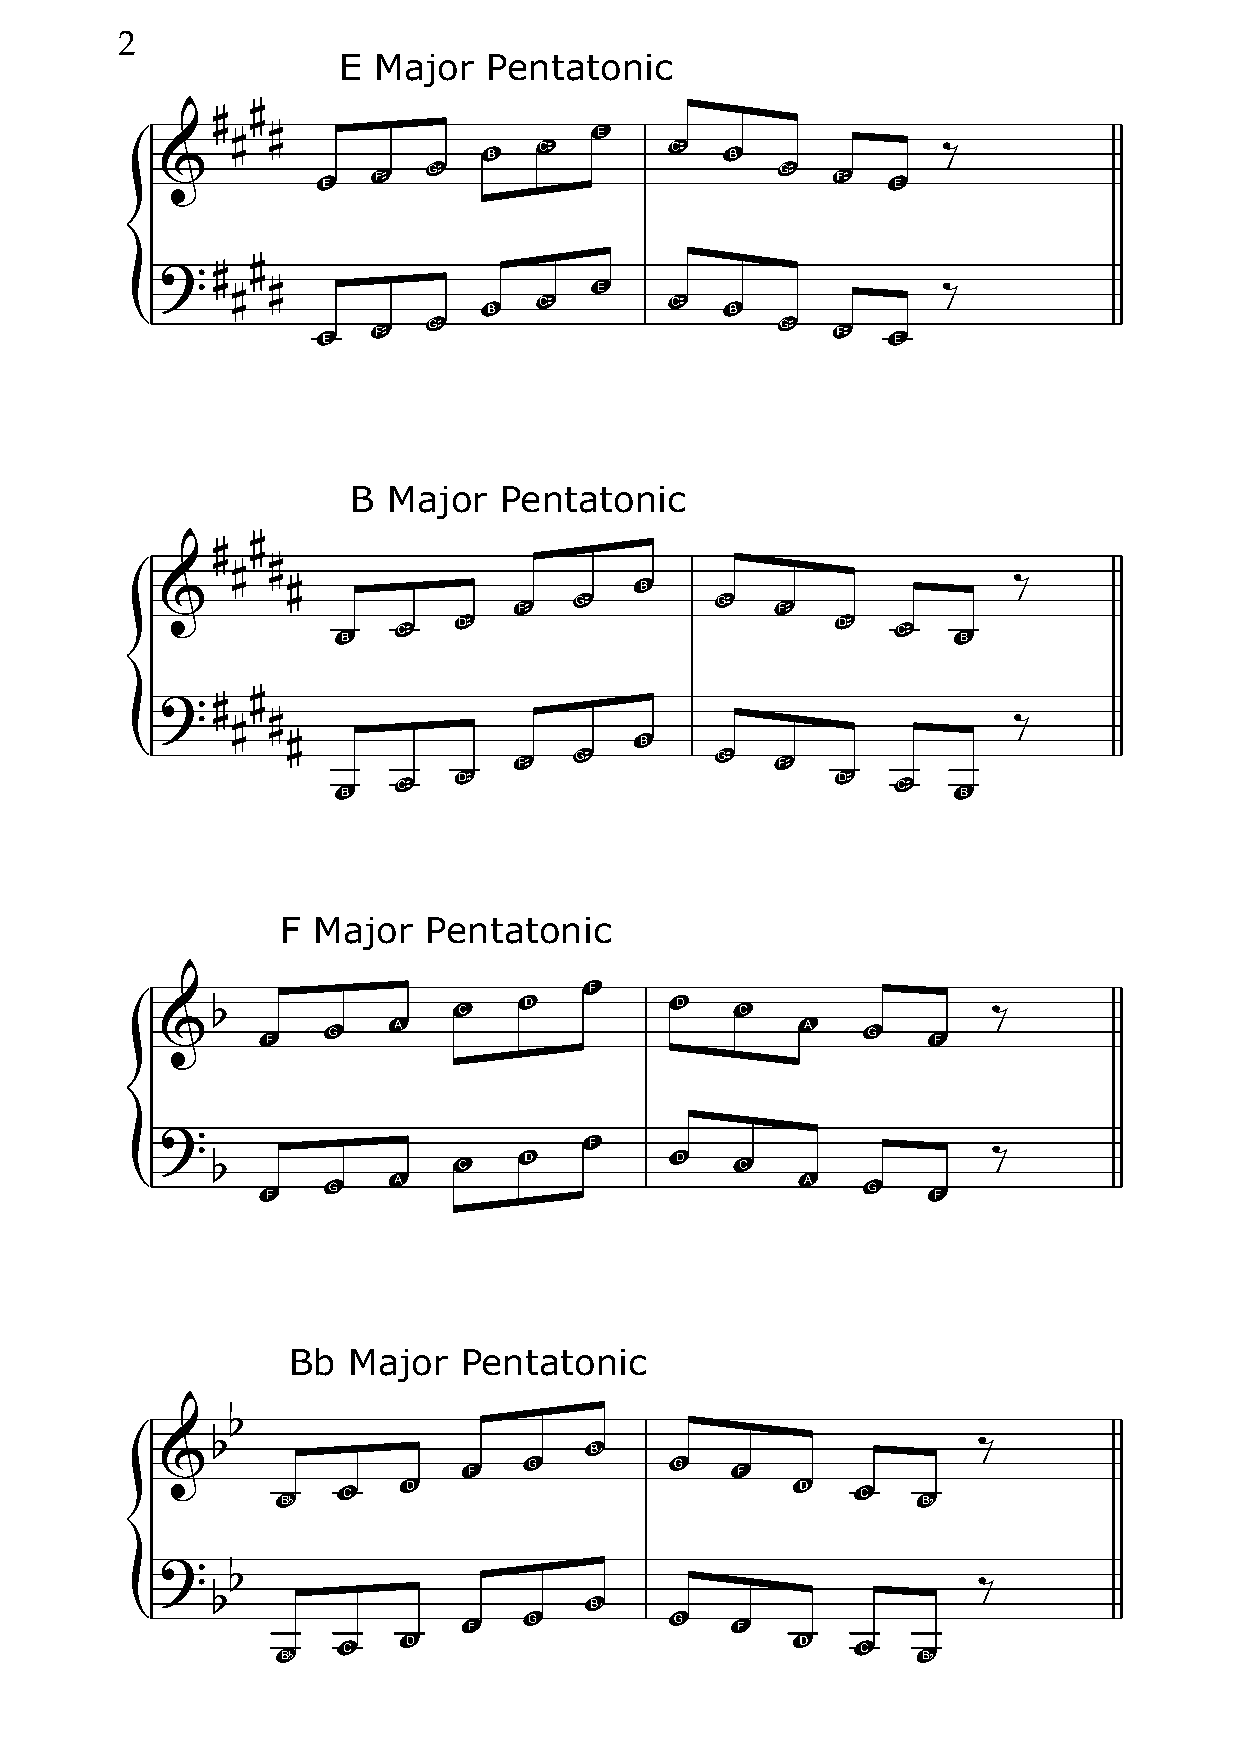
2
 E  Major  Pentatonic
 #
 #
 #
 #
 ‰
 &
 #
 ?#
 #                                           ‰
 #
 {
 B  Major  Pentatonic
 #
 #
 #
 #
 ‰
 #
 &
 #
 ?#
 #                                                ‰
 #
 #
 {
 F Major  Pentatonic
 b                                                   ‰
 &
 ?
 ‰
 b
 {
 Bb  Major  Pentatonic
 b
 b                                                  ‰
 &
 ?
 b
 ‰
 b
 {